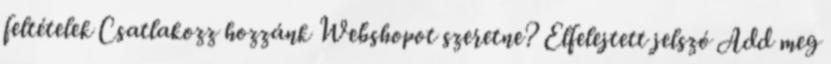
feltételek Csatlakozz hozzánk Webshopot szeretne? Elfelejtett jelszó Add meg